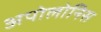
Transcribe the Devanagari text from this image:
अपोलोनिस